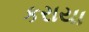
કરાયા